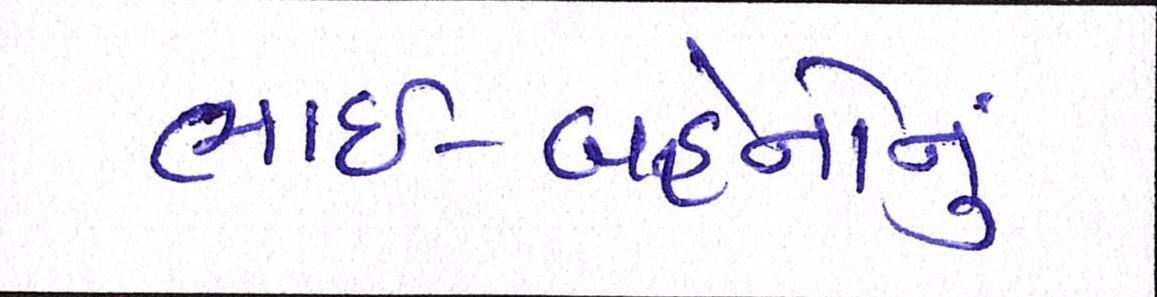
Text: ભાઈ-બહેનોનું